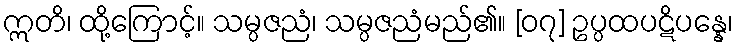
ဣတိ၊ ထို့ကြောင့်။ သမ္ပဇညံ၊ သမ္ပဇညံမည်၏။ [၀၇] ဥပ္ပထပဋိပန္နေ၊